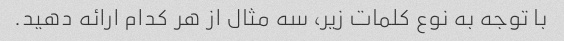
با توجه به نوع کلمات زیر، سه مثال از هر کدام ارائه دهید.